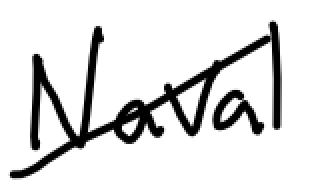
Text: Naval
Cross-out: diagonal
Writing tool: digital_black